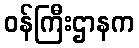
ဝန်ကြီးဌာနက